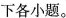
下各小题。